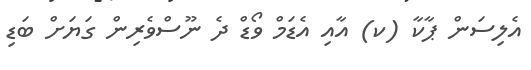
އެލިސަން ޕާކާ (ކ) އާއި އެޑަމް ވޯޑް ދެ ނޫސްވެރިން ގަޔަށް ބަޑި